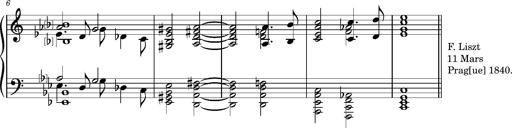
Title: 2 Album-Leaves, S.163f
Composer: Franz Liszt
Key: No.1: C major
 No.2: C major